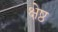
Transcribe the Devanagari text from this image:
क्षेष्ठ